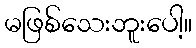
မဖြစ်သေးဘူးပေါ့။